NAE_EAA_P-553_Koit_kolhoos, lk 14
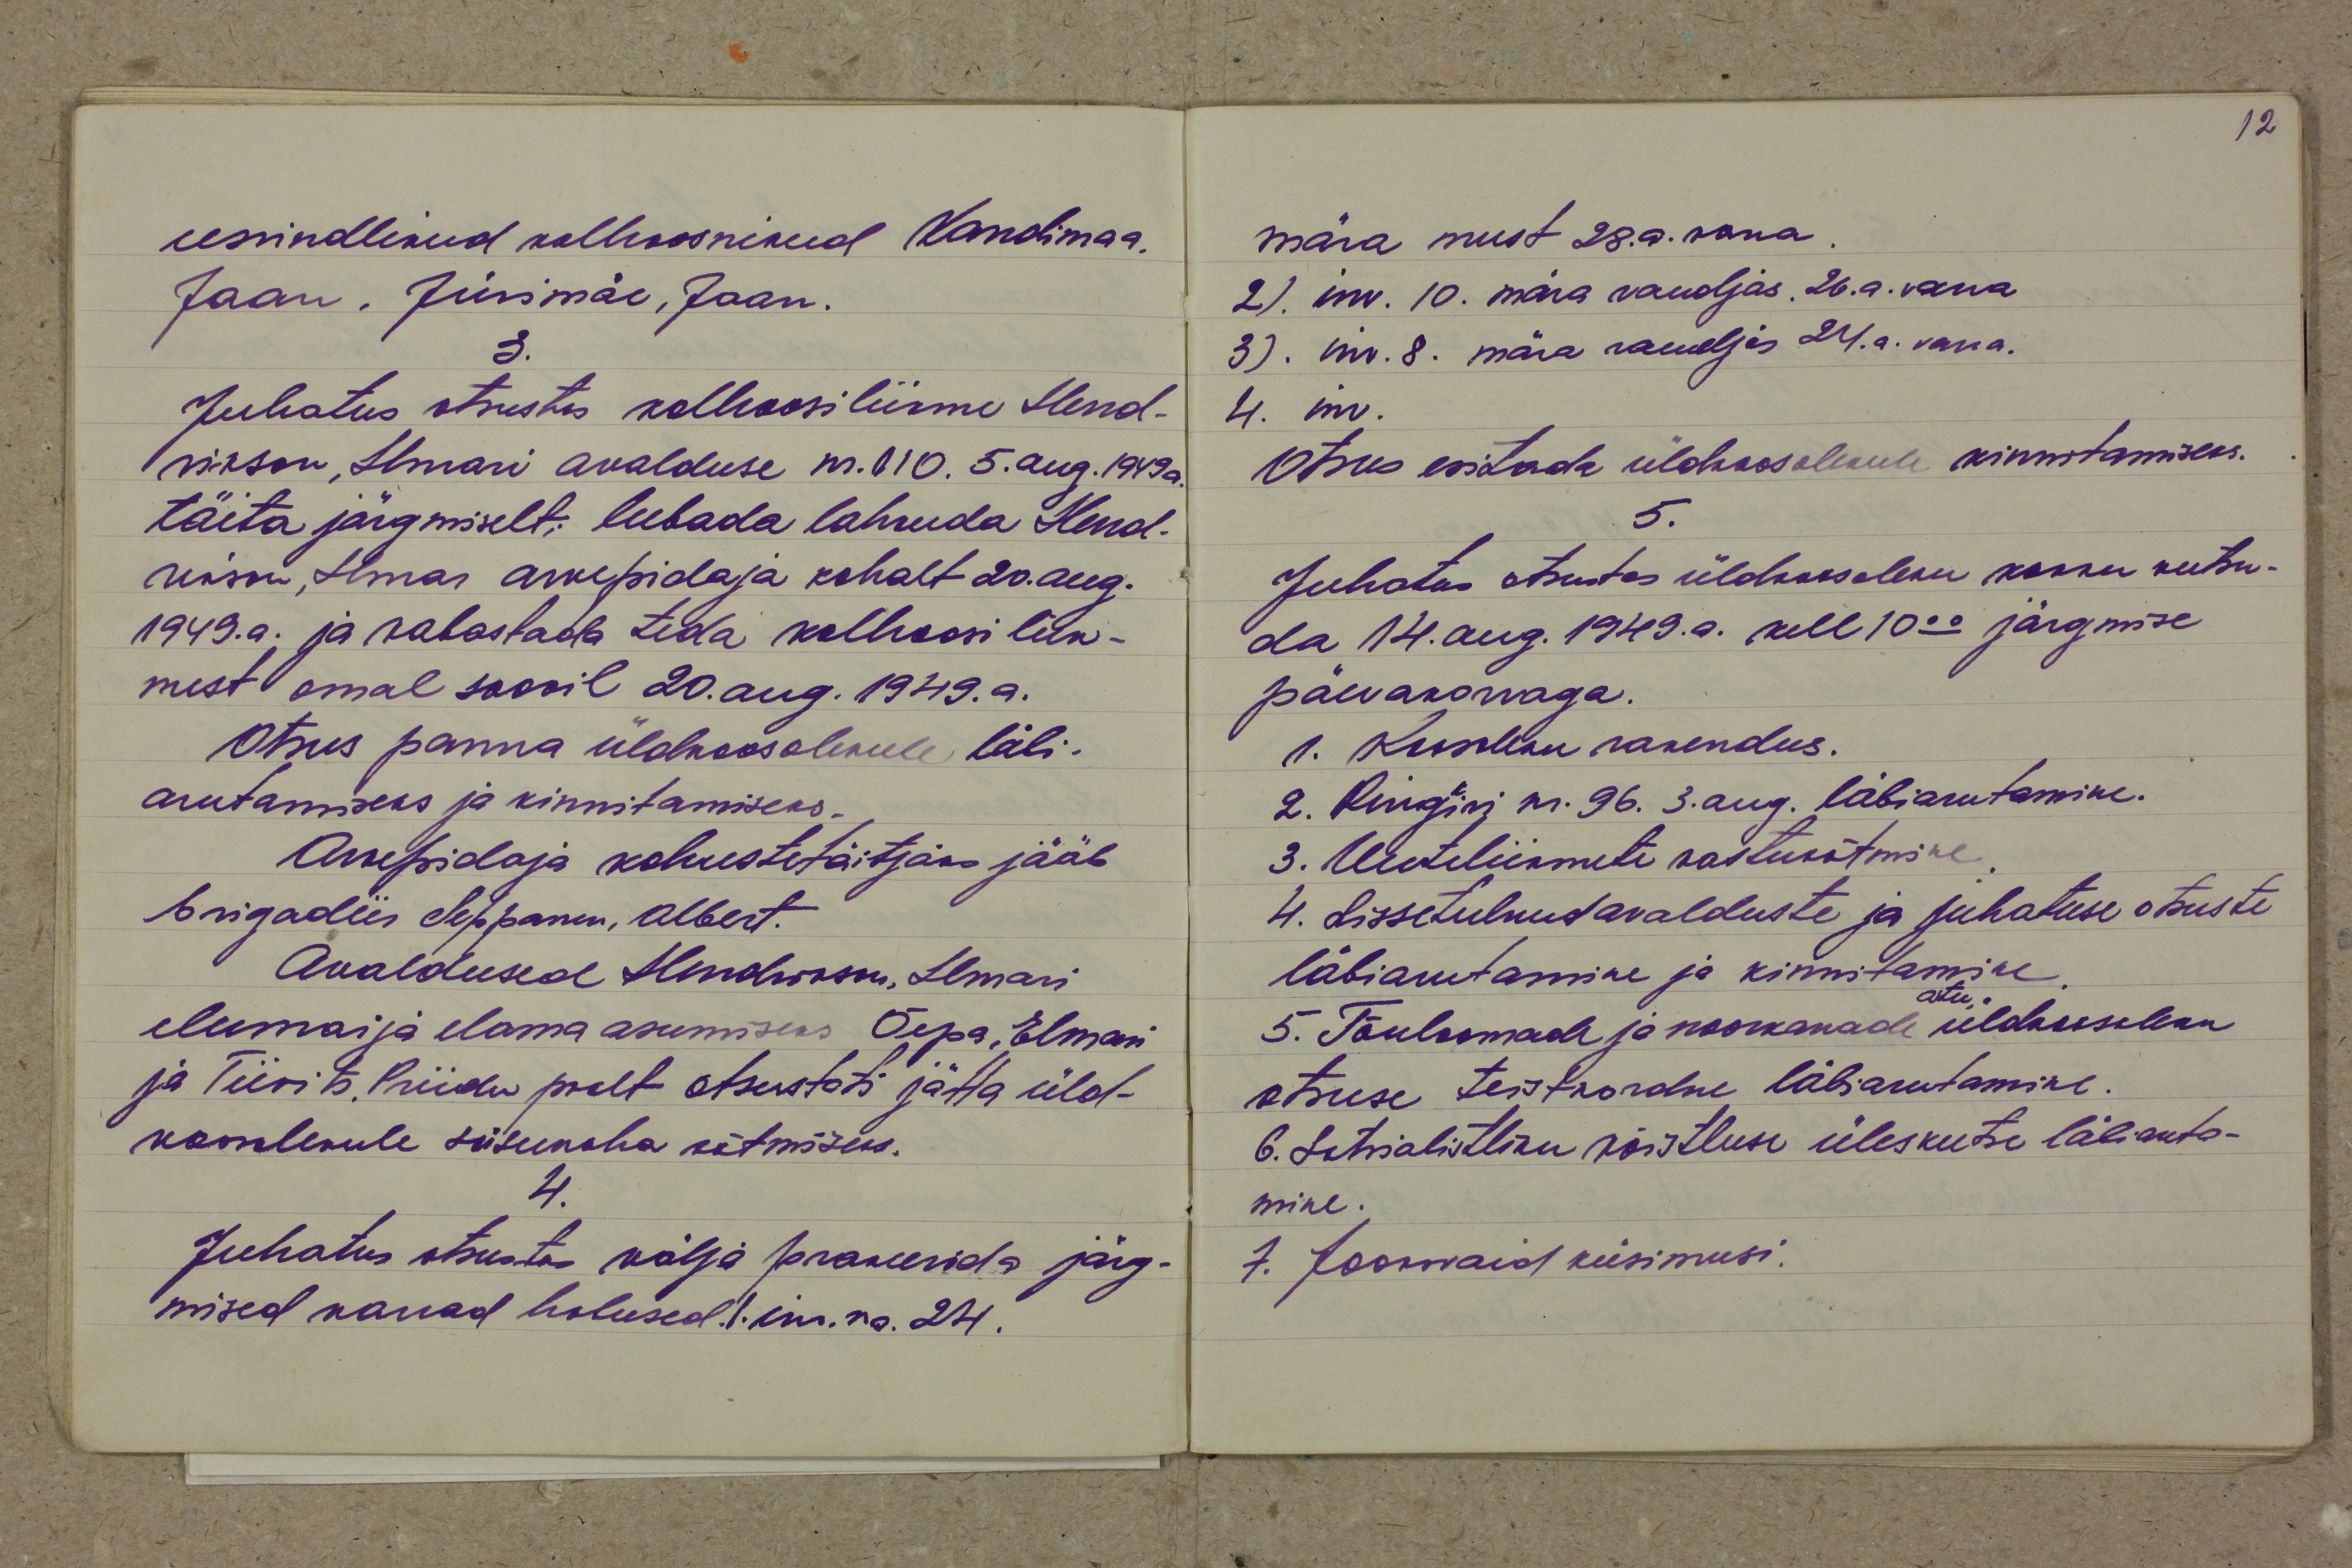
eesrindlikud kolhoosnikud Kandimaa,
Jaan. Jürimäe, Jaan.
3.
Juhatus otsustas kolhoosiliikme Hend-
rikson, Ilmari avalduse nr. 110. 5. aug. 1949 a.
täita järgmiselt: lubada lahkuda Hend-
rikson, Ilmar arvepidaja kohalt 20. aug.
1949.a. ja vabastada teda kolhoosi liik-
mest omal soovil 20. aug. 1949. a.
Otsus panna üldkoosolekule läbi-
arutamiseks ja kinnitamiseks.
Arvepidaja kohustetäitja jääb
brigadiir Seppanen, Albert.
Avaldused Hendrikson, Ilmari
elumaja elama asumiseks Õepa, Elmari
ja Tiivits, Priidu poolt otsustati jätta üld-
koolekule seisukoha võtmiseks.
4.
Juhatus otsustas välja prakeerida järg-
mised vanad hobused 1. inv. nr. 24.

mära must 28. a. vana.
2). inv. 10. mära raudjas. 26. a. vana
3). inv. 8. mära raudjas 24. a. vana.
4. inv.
Otsus esitada ülekoosolekule kinnitamiseks.
5.
Juhatus otsustas üldkoosoleku kokku kutsu-
da 14. aug. 1949. a. kell 10.00 järgmise
päevakorraga.
1. Koosoleku rakendus.
2. Ringkiri nr. 96. 3. aug. läbiarutamine.
3. Uute liikmete vastuvõtmine
4. Sissetulnud avalduste ja juhatuse otsuste
läbiarutamine ja kinnitamine.
ostu,
5. Tõuloomade ja noorkanade üldkoosoleku
otsuse teistkordne läbiarutamine.
6. Sotsialistliku võistluse üleskutse läbiaruta-
mine.
7. Jooksvaid küsimusi.